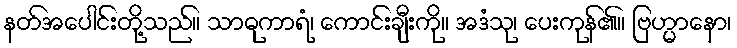
နတ်အပေါင်းတို့သည်။ သာဓုကာရံ၊ ကောင်းချီးကို။ အဒံသု၊ ပေးကုန်၏။ ဗြဟ္မာနော၊